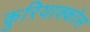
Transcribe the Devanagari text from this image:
कुरियाक्कोस